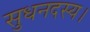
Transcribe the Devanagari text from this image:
सुधनदस्य।